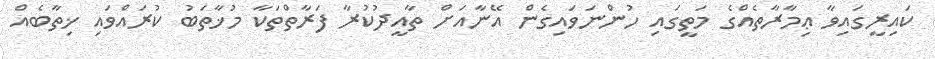
ކައިރީގައިވާ ޢިމާރާތެއްގެ މަތީގައި ހުންނަވައިގެން އޭނާއަށް ތާއީދުކުރާ ފަރާތްތަކާ މުޚާތަބު ކުރައްވައި ޚިތާބެއް